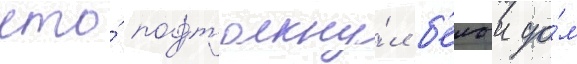
что́ подтолкну́л б'елыи до́м